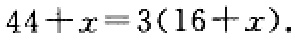
\(44 + x = 3(16 + x)\)